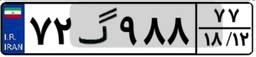
۷۲گ۹۸۸۷۷